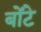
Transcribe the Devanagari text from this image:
बोंटे